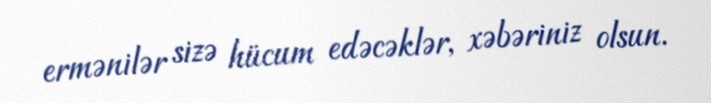
ermənilər sizə hücum edəcəklər, xəbəriniz olsun.